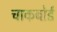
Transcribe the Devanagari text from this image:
चाकबोर्ड